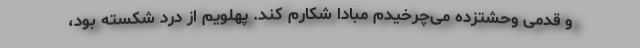
و قدمی وحشتزده می‌چرخیدم مبادا شکارم کند. پهلویم از درد شکسته بود،